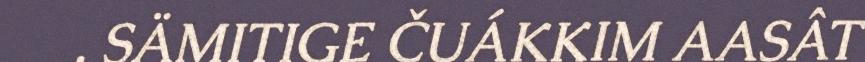
. SÄMITIGE ČUÁKKIM AASÂT